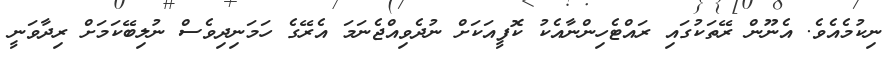
ނިކުމެއެވެ. އެނޫން ރޭތަކުގައި ރައްޓެހިންނާއެކު ކޮފީއަކަށް ނުދެވިއްޖެނަމަ އެރޭގެ ހަމަނިދިވެސް ނުލިބޭކަމަށް ރިދާވަނީ